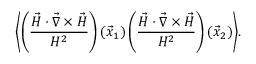
\biggl \langle \left( \frac { \vec { H } \cdot \vec { \nabla } \times \vec { H } } { H ^ { 2 } } \right) ( \vec { x } _ { 1 } ) \left( \frac { \vec { H } \cdot \vec { \nabla } \times \vec { H } } { H ^ { 2 } } \right) ( \vec { x } _ { 2 } ) \biggr \rangle .